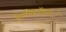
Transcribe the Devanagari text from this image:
हेलीकाॅप्टरांे